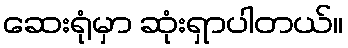
ဆေးရုံမှာ ဆုံးရှာပါတယ်။